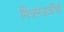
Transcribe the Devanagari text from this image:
मित्रमंडळींची